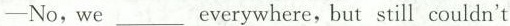
—No,we ___everywhere, but still couldn't